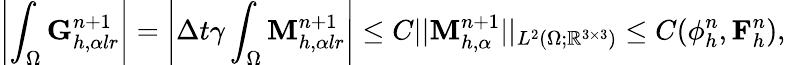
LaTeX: \left|\int_{\Omega}\mathbf{G}_{h,\alpha lr}^{n+1}\right|=\left|\Delta t\gamma\int_{\Omega}\mathbf{M}_{h,\alpha lr}^{n+1}\right|\leq C||\mathbf{M}_{h,\alpha}^{n+1}||_{L^{2}(\Omega;\mathbb{R}^{3\times 3})}\leq C(\phi_{h}^{n},\mathbf{F}_{h}^{n}),